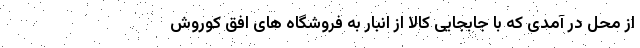
از محل در آمدی که با جابجایی کالا از انبار به فروشگاه های افق کوروش